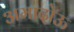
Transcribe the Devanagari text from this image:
अमादोऊ